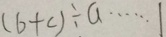
( b + c ) \div a \cdots 1